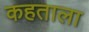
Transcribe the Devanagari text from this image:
कहताला